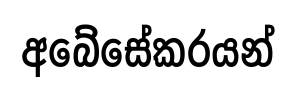
අබේසේකරයන්